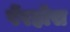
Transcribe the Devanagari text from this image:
पेंरहोस